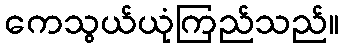
ကေသွယ်ယုံကြည်သည်။